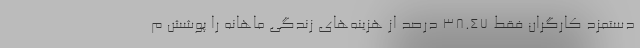
دستمزد کارگران فقط 38.47 درصد از هزینه‌های زندگی ماهانه را پوشش م